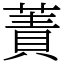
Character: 蔶